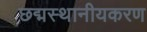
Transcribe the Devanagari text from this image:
छद्मस्थानीयकरण